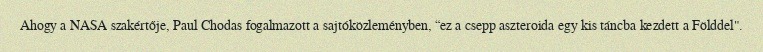
Ahogy a NASA szakértője, Paul Chodas fogalmazott a sajtóközleményben, “ez a csepp aszteroida egy kis táncba kezdett a Földdel".